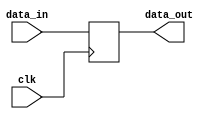
module Reg_Direct(
    input clk,
    input [31:0] data_in,
    output reg [31:0] data_out
);

    always @(posedge clk) 
	 begin 
        data_out <= data_in;
    end

endmodule